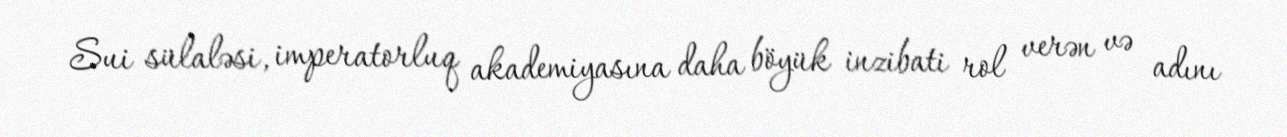
Sui sülaləsi, imperatorluq akademiyasına daha böyük inzibati rol verən və adını